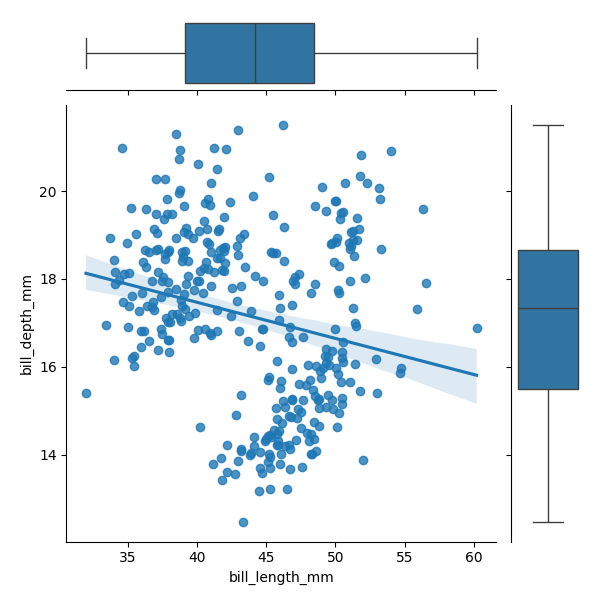
python, seaborn, JointGrid, regplot, boxplot